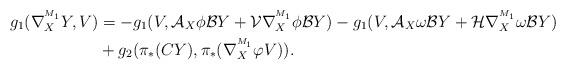
LaTeX: \begin{align*}g_{1}(\nabla^{^{M_1}}_{X}Y,V)&=-g_{1}(V,\mathcal{A}_{X}\phi \mathcal{B}Y+\mathcal{V}\nabla^{^{M_1}}_{X}\phi \mathcal{B}Y)-g_{1}(V,\mathcal{A}_{X}\omega\mathcal{B}Y+\mathcal{H}\nabla^{^{M_1}}_{X}\omega\mathcal{B}Y)\\&+g_{2}(\pi_*(CY),\pi_*(\nabla^{^{M_1}}_{X}\varphi V)).\end{align*}